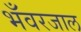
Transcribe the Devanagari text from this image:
भँवरजाल